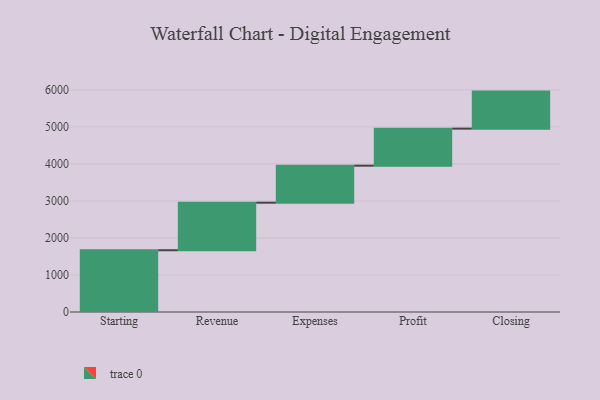
{"axis": {"x": "Step", "y": "Value"}, "legend": [""], "data": [{"x": "Starting", "y": 1668.0, "type": ""}, {"x": "Revenue", "y": 1284.0, "type": ""}, {"x": "Expenses", "y": 1000, "type": ""}, {"x": "Profit", "y": 1000, "type": ""}, {"x": "Closing", "y": 1000, "type": ""}]}